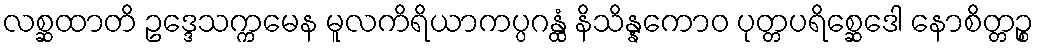
လစ္ဆထာတိ ဥဒ္ဒေသက္ကမေန မူလကိရိယာကပ္ပဂန္ထံ နိသိန္နကောဝ ပုတ္တပရိစ္ဆေဒေါ နောစိတ္တဉ္စ